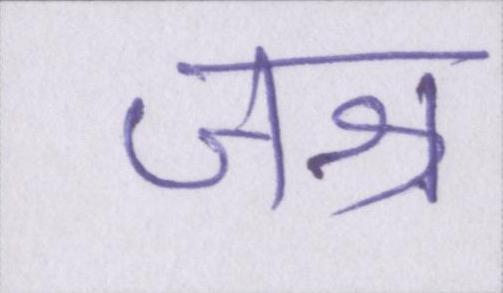
जश्न